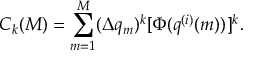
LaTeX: C _ { k } ( M ) = \sum _ { m = 1 } ^ { M } ( \Delta q _ { m } ) ^ { k } [ \Phi ( q ^ { ( i ) } ( m ) ) ] ^ { k } .